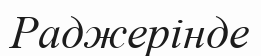
Раджерінде